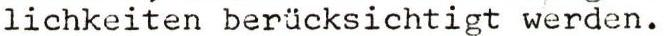
lichkeiten berücksichtigt werden.